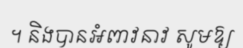
។ និងបានអំពាវនាវ សូមឱ្យ